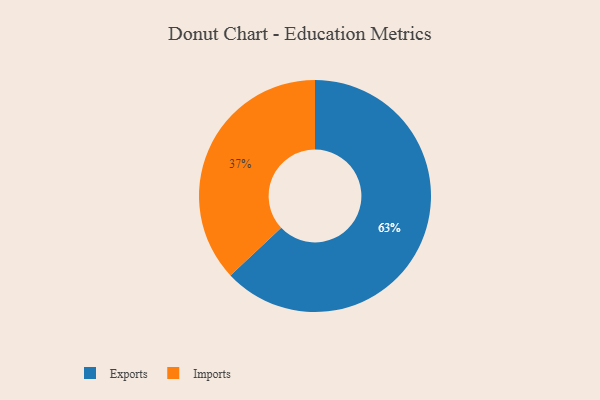
{"axis": {"x": "Category", "y": "Percentage"}, "legend": ["Exports", "Imports"], "data": [{"x": "Exports", "y": 63, "type": "Exports"}, {"x": "Imports", "y": 37, "type": "Imports"}]}